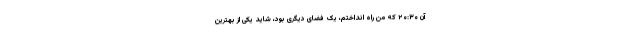
آن ۲۰:۳۰ که من راه انداختم، یک فضای دیگری بود، شاید یکی از بهترین